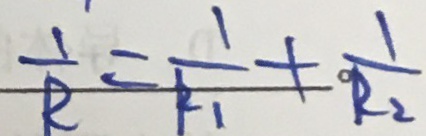
\frac { 1 } { R } = \frac { 1 } { R _ { 1 } } + \frac { 1 } { R _ { 2 } }